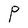
Character: P